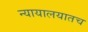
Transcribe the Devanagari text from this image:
न्यायालयातच